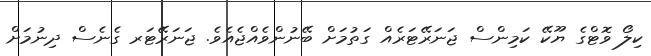
ކިލޯ ވޮޓްގެ ޔޫކޭ ކަމިންސް ޖަނަރޭޓަރެއް ގަތުމަށް ބޭނުންވެއްޖެއެވެ. ޖަނަރޭޓަރ ގެނެސް ދިނުމަށް